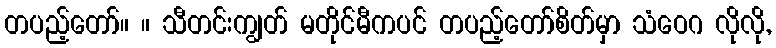
တပည့်တော်။ ။ သီတင်းကျွတ် မတိုင်မီကပင် တပည့်တော်စိတ်မှာ သံဝေဂ လိုလို,